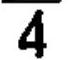
$\overline{4}$